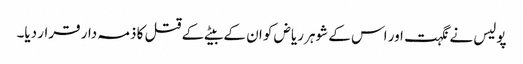
پولیس نے نگہت اور اس کے شوہر ریاض کو ان کے بیٹے کے قتل کا ذمہ دار قرار دیا۔